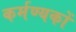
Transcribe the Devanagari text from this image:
कर्मण्यकों